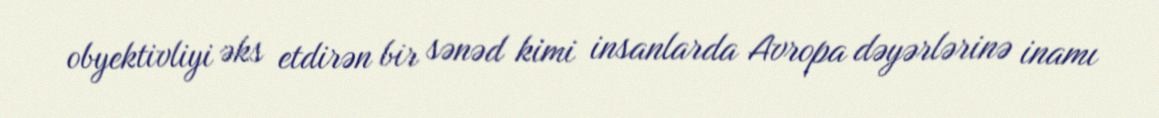
obyektivliyi əks etdirən bir sənəd kimi insanlarda Avropa dəyərlərinə inamı